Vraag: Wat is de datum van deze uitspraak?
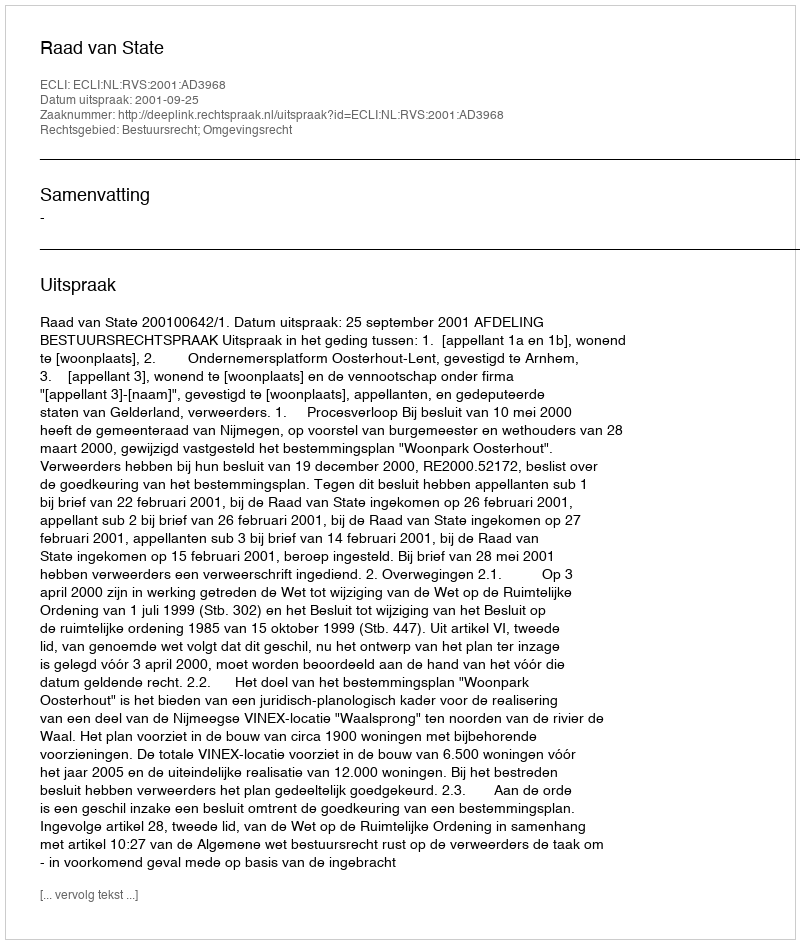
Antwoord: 2001-09-25